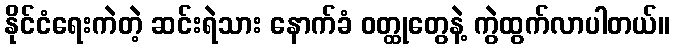
နိုင်ငံရေးကဲတဲ့ ဆင်းရဲသား နောက်ခံ ဝတ္ထုတွေနဲ့ ကွဲထွက်လာပါတယ်။